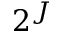
2 ^ { J }